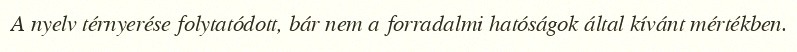
A nyelv térnyerése folytatódott, bár nem a forradalmi hatóságok által kívánt mértékben.